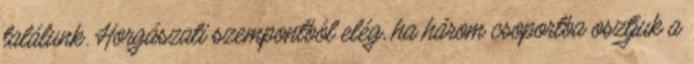
találunk. Horgászati szempontból elég, ha három csoportba osztjuk a